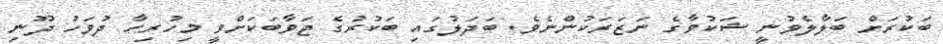
ބަކުރަށް ބަލާލެވުނީ ޝަކުވާގެ ނަޒަރަކުންނެވެ. ބަދަލުގައި ބަކުރުގެ ޖަވާބަކަށްވީ މިހުރިހާ ދުވަހު ދޫނި